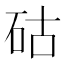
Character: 𥑮